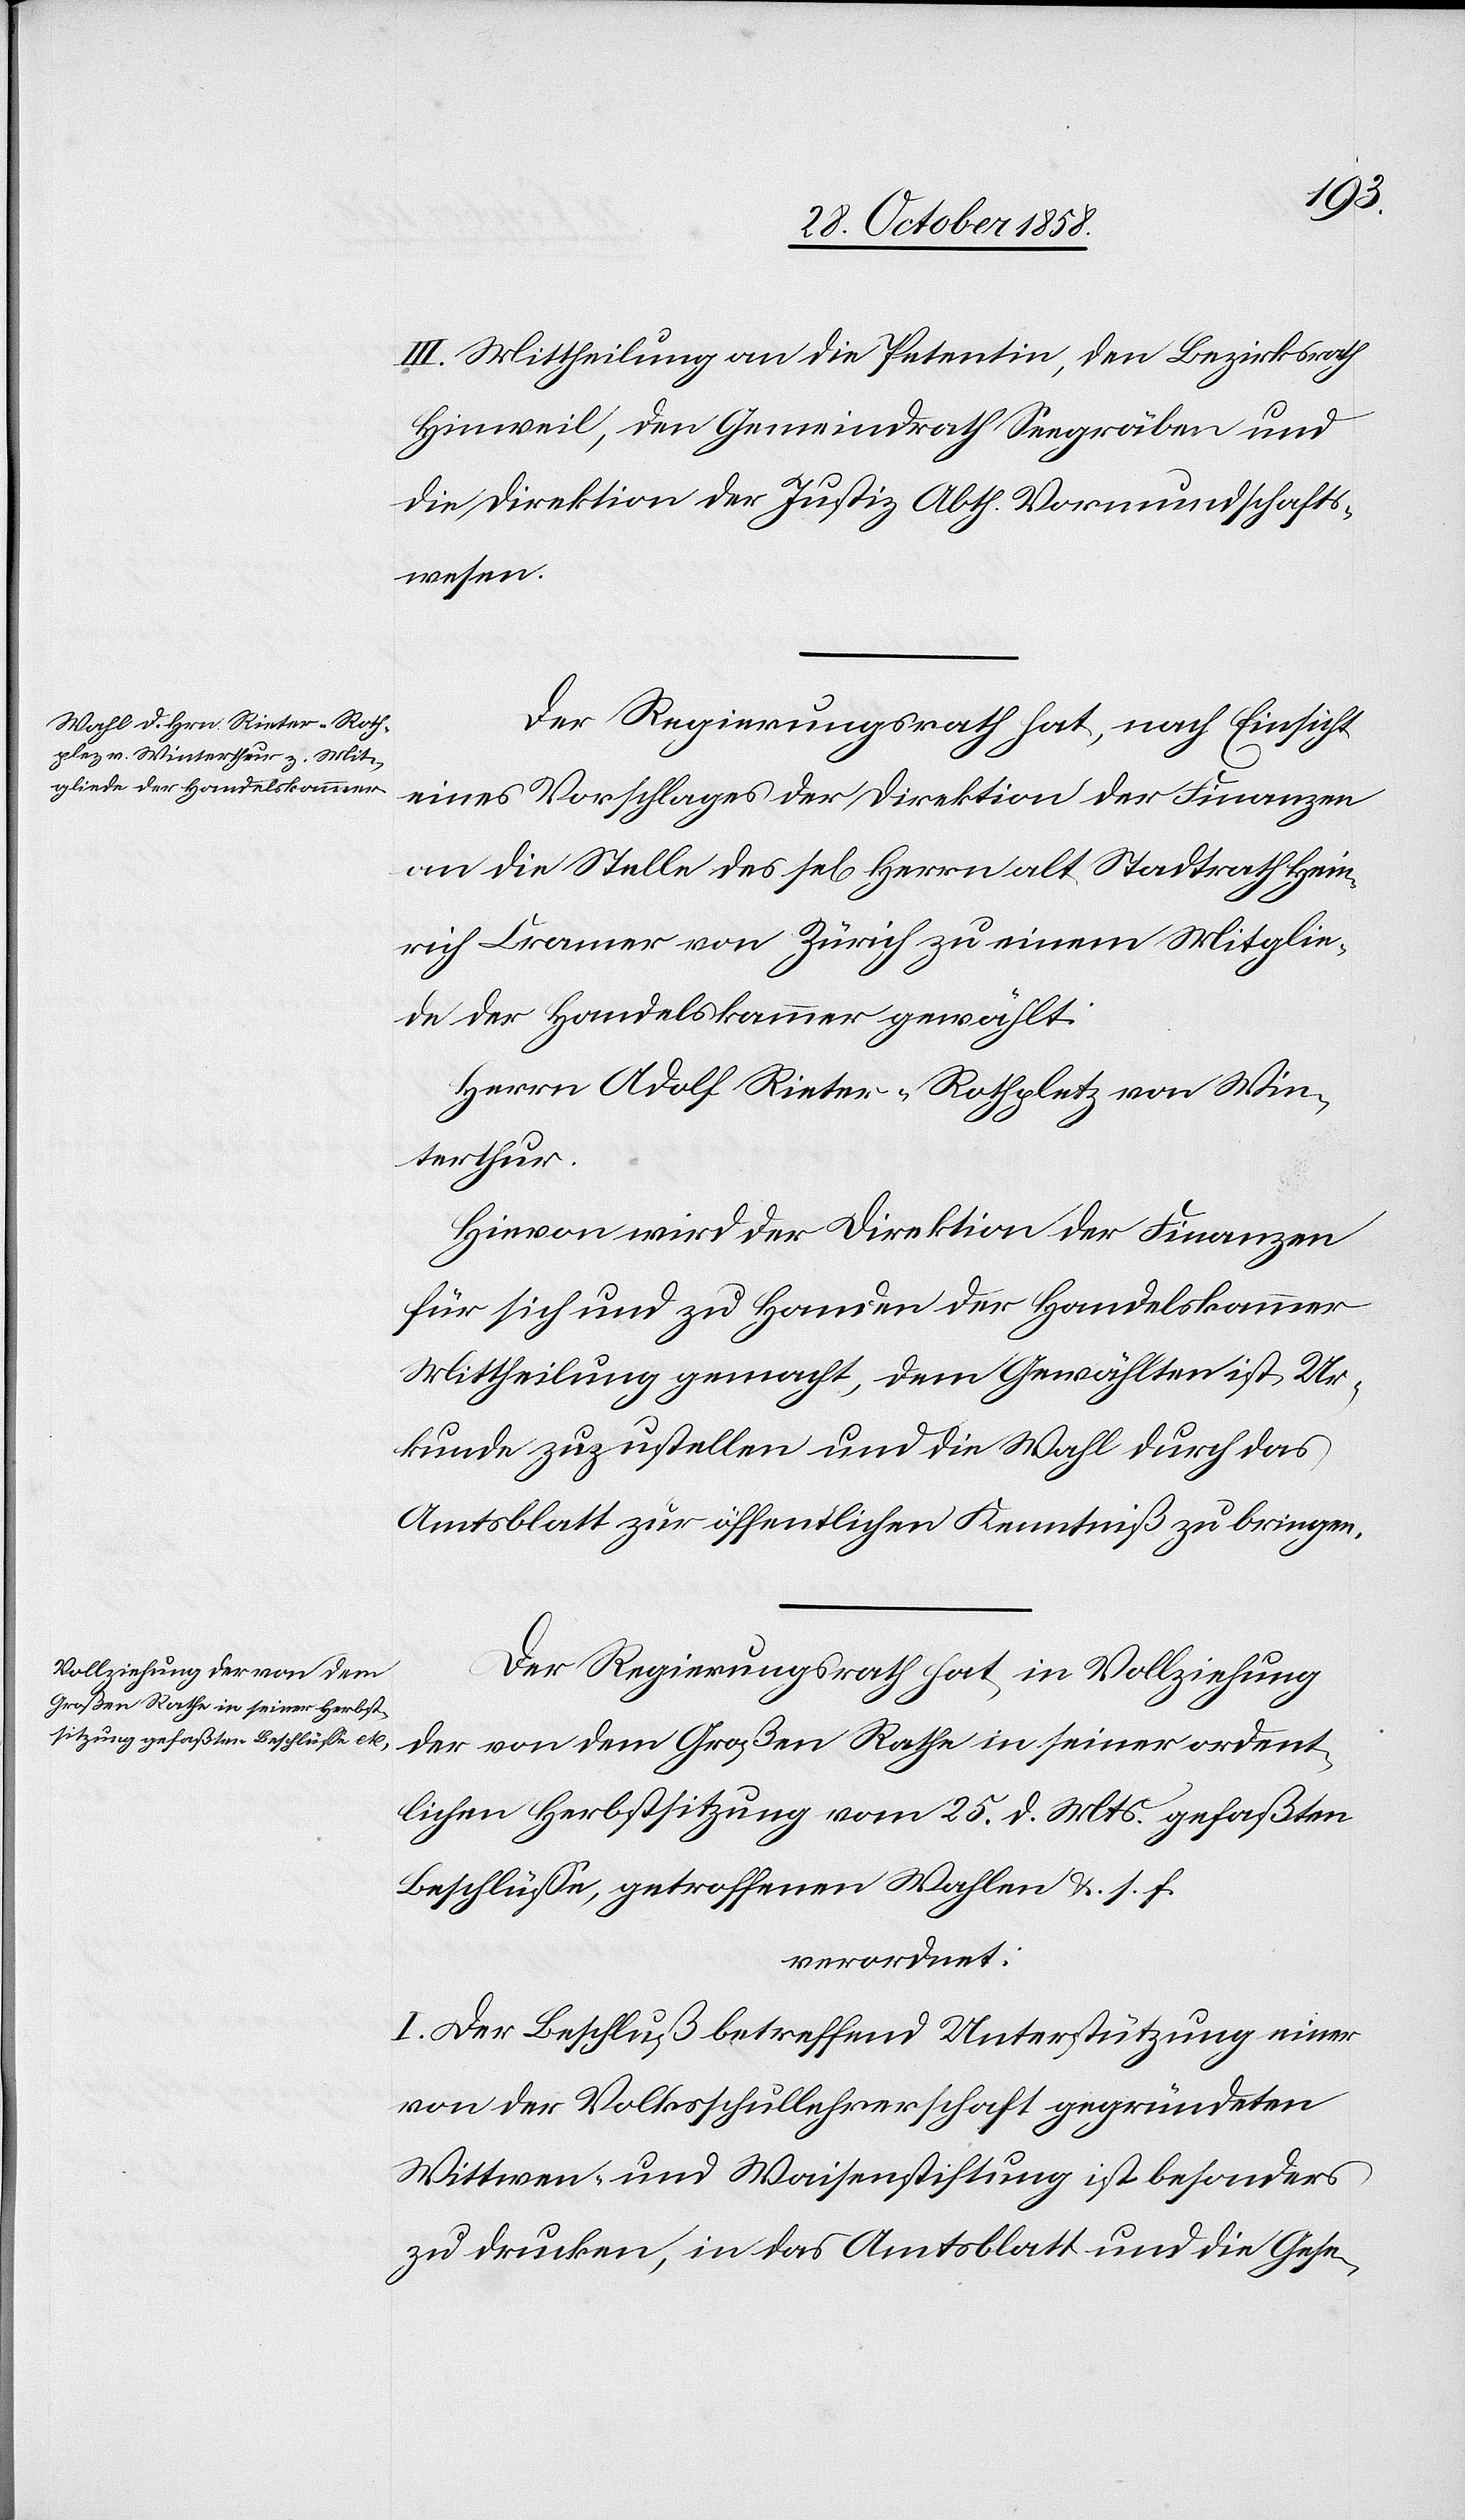
III. Mittheilung an die Petentin, den Bezirksrath
Hinweil, den Gemeindrath Seegräben und
die Direktion der Justiz Abth. Vormundschafts¬
wesen.
Der Regierungsrath hat, nach Einsicht
eines Vorschlages der Direktion der Finanzen
an die Stelle des sel[igen] Herrn alt Stadtrath Hein¬
rich Cramer von Zürich zu einem Mitglie¬
de der Handelskammer gewählt:
Herrn Adolf Rieter-Rothpletz [sic!] von Win¬
terthur.
Hievon wird der Direktion der Finanzen
für sich und zu Handen der Handelskammer
Mittheilung gemacht, dem Gewählten ist Ur¬
kunde zuzustellen und die Wahl durch das
Amtsblatt zur öffentlichen Kenntniß zu bringen.
Der Regierungsrath hat, in Vollziehung
der von dem Großen Rathe in seiner ordent¬
lichen Herbstsitzung vom 25. d. Mts. gefaßten
Beschlüsse, getroffenen Wahlen &. s. f.
verordnet:
I. Der Beschluß betreffend Unterstützung einer
von der Volksschullehrerschaft gegründeten
Wittwen- und Waisenstiftung ist besonders
zu drucken, in das Amtsblatt und die Gese-